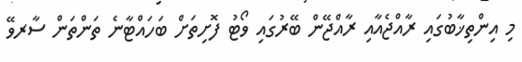
މި އިންތިޚާބުގައި ރާއްޖެއާއި ރާއްޖޭން ބޭރުގައި ވޯޓު ފޮށިތަށް ބަހައްޓާނެ ތަންތަން ސާރވޭ